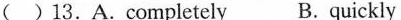
( )13.A.Completely B. Quickly